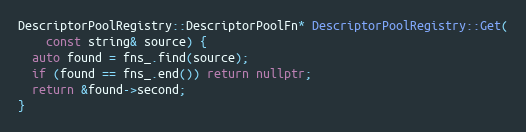
Language: C++
DescriptorPoolRegistry::DescriptorPoolFn* DescriptorPoolRegistry::Get(
    const string& source) {
  auto found = fns_.find(source);
  if (found == fns_.end()) return nullptr;
  return &found->second;
}